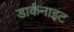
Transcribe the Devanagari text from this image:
डार्कनाइट